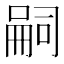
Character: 嗣